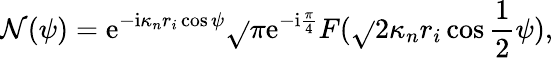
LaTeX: \mathcal{N}(\psi)=\mathrm{{e}}^{-\mathrm{{i}}\kappa_{n}r_{i}\cos\psi}\sqrt{}{{\pi}}\mathrm{{e}}^{-\mathrm{{i}}\frac{{\pi}}{{4}}}F(\sqrt{}{{2\kappa_{n}r_{i}}}\cos\frac{{1}}{{2}}\psi),